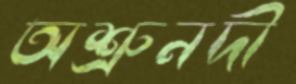
অশ্রুনদী